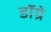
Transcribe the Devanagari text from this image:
डॉग्रे